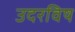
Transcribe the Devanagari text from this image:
उदरविष